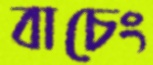
বাচেং